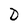
Character: D